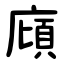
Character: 廎